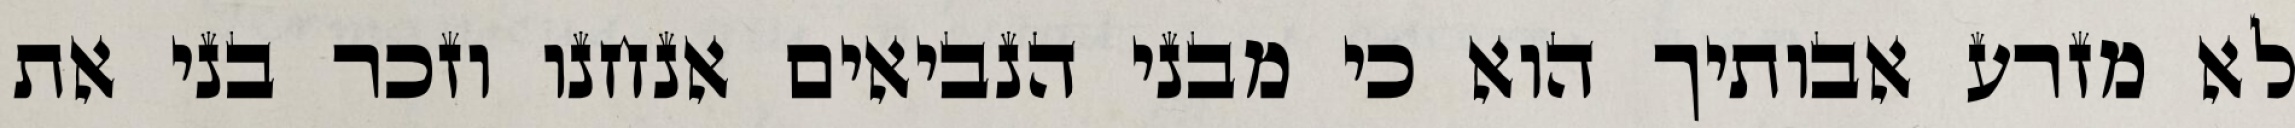
לא מזרע אבותיך הוא כי מבני הנביאים אנחנו וזכר בני את